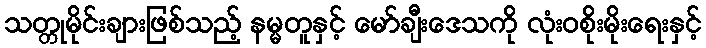
သတ္တုမိုင်းချားဖြစ်သည့် နမ္မတူနှင့် မော်ချီးဒေသကို လုံးဝစိုးမိုးရေးနှင့်